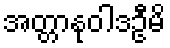
အတ္တာနုဝါဒဦမိ